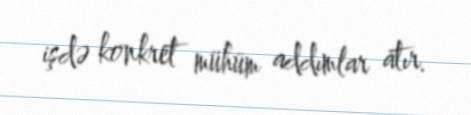
işdə konkret mühüm addımlar atır.